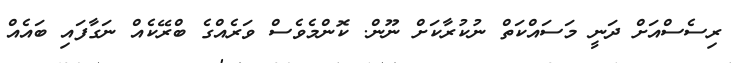
ރިސެސްއަށް ދަނީ މަސައްކަތް ނުކުރާކަށް ނޫން. ކޮންމެވެސް ވަރެއްގެ ބްރޭކެއް ނަގާފައި ބައެއް